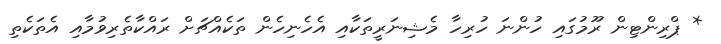
* ޕްރިންޓިން ރޫމުގައި ހުންނަ ހުރިހާ މެޝިނަރީތަކާއި އެހެނިހެން ތަކެއްޗަށް ރައްކާތެރިވުމާއި އެތަކެތި